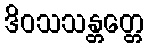
ဒိဝသသန္တတ္တေ